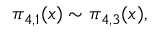
\pi _ { 4 , 1 } ( x ) \sim \pi _ { 4 , 3 } ( x ) ,